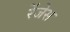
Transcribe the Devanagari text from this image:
रेंजेस